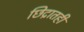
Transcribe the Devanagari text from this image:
छिद्रातही